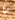
ما